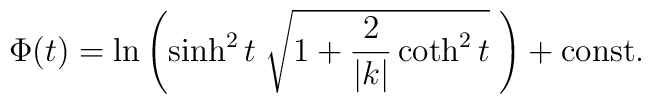
\Phi(t)=\ln\left(\sinh^2 t \; \sqrt{1+\frac{2}{|k|}\coth^2 t }\;\right)+\mbox{const.}